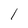
Character: 1